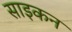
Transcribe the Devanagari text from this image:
साइकन